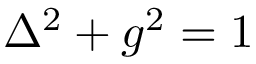
\Delta ^ { 2 } + g ^ { 2 } = 1